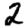
Digit: 2